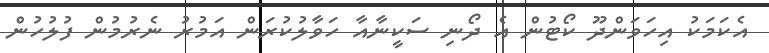
އެކަމަކު އިހަވަންދޫ ކޯޓުން އެ ދޯނި ސަކީނާއާ ހަވާލުކުރަން އަމުރު ނެރުމުން ފުލުހުން